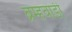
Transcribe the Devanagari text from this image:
ब्रम्हवाडी